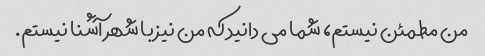
من مطمئن نیستم، شما می دانید که من نیز با شهر آشنا نیستم.